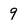
Character: 9